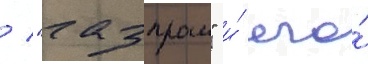
/ "газпром" и́ его́